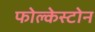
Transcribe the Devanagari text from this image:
फोल्केस्टोन